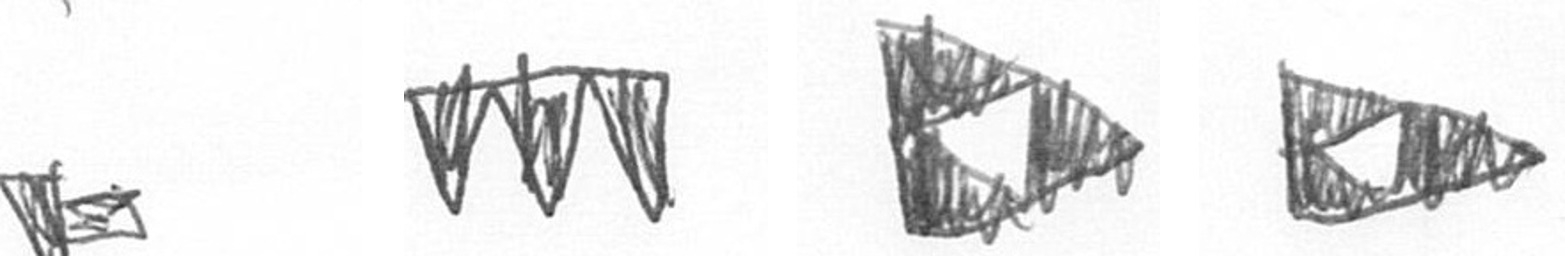
F L K K